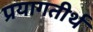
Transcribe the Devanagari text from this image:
प्रयागतीर्थ